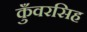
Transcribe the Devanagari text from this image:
कुँवरसिह